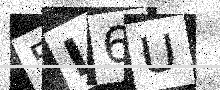
Text: 5L6U